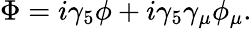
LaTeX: \Phi=i\gamma_{5}\phi+i\gamma_{5}\gamma_{\mu}\phi_{\mu}.